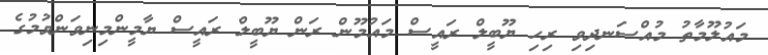
މައުލޫމާތު މުއްސަނދިވި ރިހި ޔޫބީލް ރައީސް މައުމޫން ރަން ޔޫބީލް ރައީސް ޔާމީންމިނިވަންވުމުގެ